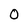
Character: 0